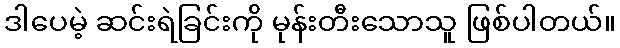
ဒါပေမဲ့ ဆင်းရဲခြင်းကို မုန်းတီးသောသူ ဖြစ်ပါတယ်။